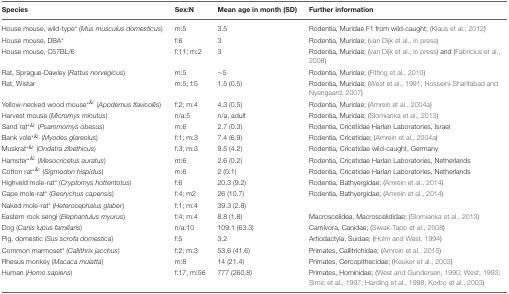
<table><thead><tr><td><b>Species</b></td><td><b>Sex:N</b></td><td><b>Mean age in month (SD)</b></td><td><b>Further information</b></td></tr></thead><tbody><tr><td>House mouse, wild-type<sup>*</sup> (<i>Mus musculus domesticus</i>)</td><td>m:5</td><td>3.5</td><td>Rodentia, Muridae F1 from wild-caught; (Klaus et al., 2012)</td></tr><tr><td>House mouse, DBA<sup>*</sup></td><td>f:6</td><td>3</td><td>Rodentia, Muridae; (van Dijk et al., in press)</td></tr><tr><td>House mouse, C57BL/6</td><td>f:11; m:2</td><td>3</td><td>Rodentia, Muridae; (van Dijk et al., in press) and (Fabricius et al., 2008)</td></tr><tr><td>Rat, Sprague-Dawley (<i>Rattus norvegicus</i>)</td><td>m:5</td><td>~5</td><td>Rodentia, Muridae; (Fitting et al., 2010)</td></tr><tr><td>Rat, Wistar</td><td>m:5; f:5</td><td>1.5 (0.5)</td><td>Rodentia, Muridae; (West et al., 1991; Hosseini-Sharifabad and Nyengaard, 2007)</td></tr><tr><td>Yellow-necked wood mouse<sup>*</sup><sup>&amp;</sup> (<i>Apodemus flavicollis</i>)</td><td>f:2; m:4</td><td>4.3 (0.5)</td><td>Rodentia, Muridae; (Amrein et al., 2004a)</td></tr><tr><td>Harvest mouse (<i>Micromys minutus</i>)</td><td>n/a:5</td><td>n/a, adult</td><td>Rodentia, Muridae; (Slomianka et al., 2013)</td></tr><tr><td>Sand rat<sup>*</sup><sup>&amp;</sup> (<i>Psammomys obesus</i>)</td><td>m:6</td><td>2.7 (0.3)</td><td>Rodentia, Cricetidae Harlan Laboratories, Israel</td></tr><tr><td>Bank vole<sup>*</sup><sup>&amp;</sup> (<i>Myodes glareolus</i>)</td><td>f:1; m:3</td><td>7.4 (6.9)</td><td>Rodentia, Cricetidae; (Amrein et al., 2004a)</td></tr><tr><td>Muskrat<sup>*</sup><sup>&amp;</sup> (<i>Ondatra zibethicus</i>)</td><td>f:3; m:3</td><td>9.5 (4.2)</td><td>Rodentia, Cricetidae wild-caught, Germany</td></tr><tr><td>Hamster<sup>*</sup><sup>&amp;</sup> (<i>Mesocricetus auratus</i>)</td><td>m:6</td><td>2.6 (0.2)</td><td>Rodentia, Cricetidae Harlan Laboratories, Netherlands</td></tr><tr><td>Cotton rat<sup>*</sup><sup>&amp;</sup> (<i>Sigmodon hispidus</i>)</td><td>m:6</td><td>2 (0.1)</td><td>Rodentia, Cricetidae Harlan Laboratories, Netherlands</td></tr><tr><td>Highveld mole-rat<sup>*</sup> (<i>Cryptomys hottentotus</i>)</td><td>f:6</td><td>20.3 (9.2)</td><td>Rodentia, Bathyergidae; (Amrein et al., 2014)</td></tr><tr><td>Cape mole-rat<sup>*</sup> (<i>Georychus capensis</i>)</td><td>f:4; m2</td><td>26 (10.7)</td><td>Rodentia, Bathyergidae; (Amrein et al., 2014)</td></tr><tr><td>Naked mole-rat<sup>*</sup> (<i>Heterocephalus glaber</i>)</td><td>f:1; m:4</td><td>39.3 (2.8)</td><td></td></tr><tr><td>Eastern rock sengi (<i>Elephantulus myurus</i>)</td><td>f:4; m:4</td><td>8.8 (1.8)</td><td>Macroscelidea, Macroscelididae; (Slomianka et al., 2013)</td></tr><tr><td>Dog (<i>Canis lupus familiaris</i>)</td><td>n/a:10</td><td>109.1 (63.3)</td><td>Carnivora, Canidae; (Siwak-Tapp et al., 2008)</td></tr><tr><td>Pig, domestic (<i>Sus scrofa domestica</i>)</td><td>f:5</td><td>3.2</td><td>Artiodactyla, Suidae; (Holm and West, 1994)</td></tr><tr><td>Common marmoset<sup>*</sup> (<i>Callithrix jacchus</i>)</td><td>f:2; m:3</td><td>53.6 (41.6)</td><td>Primates, Callitrichidae; (Amrein et al., 2015)</td></tr><tr><td>Rhesus monkey (<i>Macaca mulatta</i>)</td><td>m:8</td><td>14 (21.4)</td><td>Primates, Cercopithecidae; (Keuker et al., 2003)</td></tr><tr><td>Human (<i>Homo sapiens</i>)</td><td>f:17; m:56</td><td>777 (260.8)</td><td>Primates, Hominidae; (West and Gundersen, 1990; West, 1993; Simic et al., 1997; Harding et al., 1998; Korbo et al., 2003)</td></tr></tbody></table>